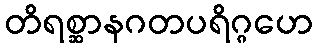
တိရစ္ဆာနဂတပရိဂ္ဂဟေ